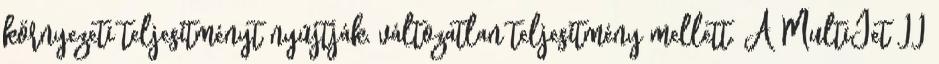
környezeti teljesítményt nyújtják, változatlan teljesítmény mellett. A MultiJet II